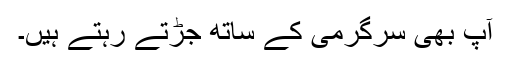
آپ بھی سرگرمی کے ساتھ جڑتے رہتے ہیں۔